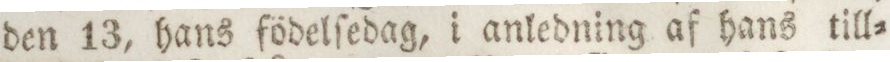
den 13, hans födelſedag, i anledning af hans till=